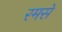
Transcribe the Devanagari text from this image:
रमसे